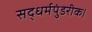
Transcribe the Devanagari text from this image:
सद्धर्मपुंडरीक।